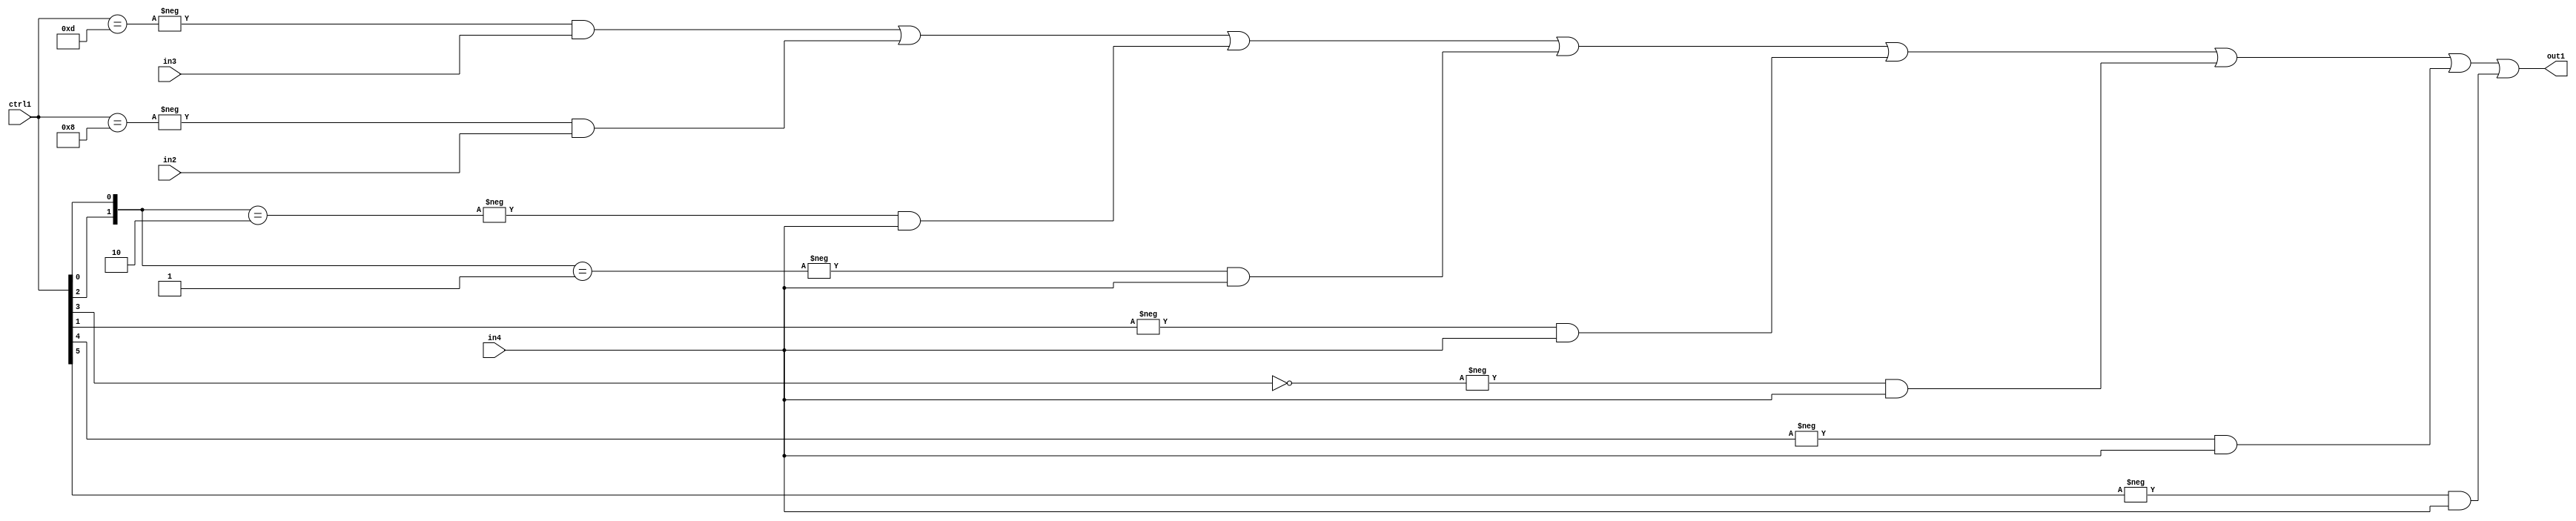
`timescale 1ps / 1ps
/*****************************************************************************
    Verilog RTL Description
    
    
    Created by: Stratus DpOpt 21.05.01 
*******************************************************************************/

module SobelFilter_N_Mux_32_3_84_4 (
	in4,
	in3,
	in2,
	ctrl1,
	out1
	); /* architecture "behavioural" */ 
input [31:0] in4;
input [8:0] in3,
	in2;
input [5:0] ctrl1;
output [31:0] out1;
wire [31:0] asc001;

assign asc001 = 
	-{ctrl1 == 6'B001101} & in3 |
	-{ctrl1 == 6'B001000} & in2 |
	-{{ctrl1[2], ctrl1[0]} == 2'B10} & in4 |
	-{{ctrl1[2], ctrl1[0]} == 2'B01} & in4 |
	-{ctrl1[1] == 1'B1} & in4 |
	-{ctrl1[3] == 1'B0} & in4 |
	-{ctrl1[4] == 1'B1} & in4 |
	-{ctrl1[5] == 1'B1} & in4 ;

assign out1 = asc001;
endmodule

/* CADENCE  v7n1TAg= : u9/ySxbfrwZIxEzHVQQV8Q== ** DO NOT EDIT THIS LINE ******/